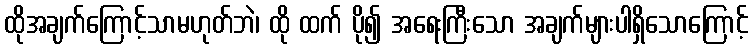
ထိုအချက်ကြောင့်သာမဟုတ်ဘဲ၊ ထို ထက် ပို၍ အရေးကြီးသော အချက်များပါရှိသောကြောင့်